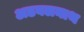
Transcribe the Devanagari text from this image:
अडबलनाथ